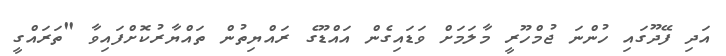
އަދި ފޭދޫގައި ހުންނަ ޖުމްހޫރީ މާލަމަށް ވަޑައިގެން އައްޑޫގެ ރައްޔިތުން ތައްޔާރުކޮށްފައިވާ "ތަރައްގީ